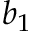
b _ { 1 }